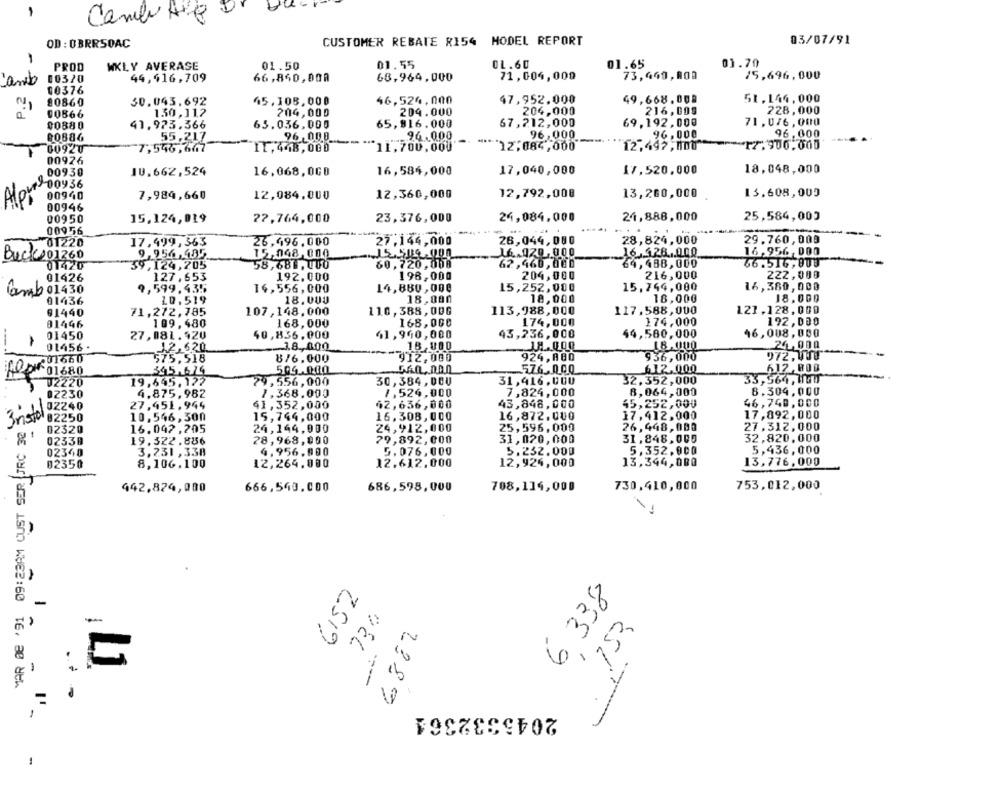
Cambi He
CUSTOMER REBATE R154 MODEL REPORT
03/07/91
-
OD : UBRRSOAC
01.55
CL.60
01.65
01.70
PROD
WKLY AVERASE
01.50
00320
44,416,709
66,850,00A
68,964,000
71, 004, 000
73,460, 000
15,696,000
cando
00376
P.
80860
30,043.692
45.108,000
46,524,000
47,952.000
49,668.008
51.144.000
130,112
204.000
204,000
216,009
228,000
00566
204,000
00880
41.973.366
63.036,000
65,816.000
67,212,000
69.192,000
71,0/6,000
96,000
96,000
96,000
00686
55,217
96,000
94.000
00920
7,546,667
11.448,000
11,700,000
12,084,000
12,497, 000
12.900.000
00926
00930
IU. 662,524
16,068,0GD
16,584,000
17,040,000
17,520,000
18,048,000
Alors
00940
7,984,660
12,084.000
12,360,000
12,792,008
13,260,000
13,608,009
00946
00950
15,124,019
27,764,000
23,376,000
24,084.000
24,888,000
25,584,000
00956
---
01220
17,499,363
26,496.000
27.144,000
26,044,080
28,824,000
29.760,009
15,048,000
16.020,000
16.426 ... 000
16,956, 000
Buck101260
9,956,495
01420
59,124,205
58,686, 000
60,720,008
62,460,000
64,488,000
66.516,000
01426
127,653
192,000
198,000
204,000
216,000
222,000
15.744,000
Gmb 01430
9,599.435
16,556, 000
14,880,000
15,252,000
16,380,000
01436
10,519
18.000
18,080
18,000
18,000
18.000
91440
71,272,785
107,148.000
110,388,00G
113,988,000
117.588,000
121, 128, 000
----
01446
109,480
168,000
168,000
174,000
174,000
192, 000
44,580,000
46,008,000
1
01450
27,081.420
40,836.000
61,950,000
43,236,000
01456
12,620
.1.8 ., 000
18,800
18.000
24,000
924,800
936,000
972,000
575,518
876,000
912,000
01680
505.000
576,000
612.000
612,800
19,645,127
30,384,000
31,416.000
32.352,000
33,564, Mais
U2220
79,556,000
MAR 0€ '91 09:23AM CUST SER JRC 30 3.
02230
4.875,982
7.368,000
7,524,000
7,824,000
8,064,000
8.304,000
43,848,000
45,252,000
46,740,000
02240
27.451.944
41,352,000
62,636,000
82250
10,546,300
15,744,000
16.308,000
16,872.000
17.412,000
17,892,000
24,144,900
24,912,000
25,596, 000
26,448,000
27.312,000
02320
16.042 ,205
0233B
19.322.886
28,968, 000
79,892, 000
31,020,000
31,848.000
32,820,000
02340
3,231 , 338
4,956.900
5.076,000
5.232.000
5,352.000
5,436,000
02350
8,106,100
12,264,000
12.612,000
12,924,000
13,344,000
13,776, 000
442,824,000
666,540.000
686,598,000
708,114,000
730,410,000
753,012,000
6152
6 338
-
734
6882
1.
1
2045332364
1